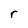
Character: r